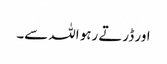
اور ڈرتے رہو اللہ سے۔